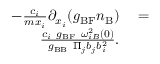
\begin{array} { r l } { - \frac { c _ { i } } { m x _ { i } } \partial _ { x _ { i } } ( g _ { \mathrm { B F } } n _ { \mathrm { B } } ) } & { { } = } \\ { \frac { c _ { i } ~ g _ { \mathrm { B F } } ~ \omega _ { i B } ^ { 2 } ( 0 ) } { g _ { \mathrm { B B } } ~ \Pi _ { j } b _ { j } b _ { i } ^ { 2 } } . } \end{array}